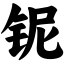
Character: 铌